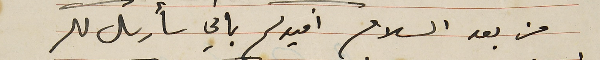
من بعد السلام افيدكم باني سأرسل لكم